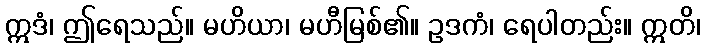
ဣဒံ၊ ဤရေသည်။ မဟိယာ၊ မဟီမြစ်၏။ ဥဒကံ၊ ရေပါတည်း။ ဣတိ၊